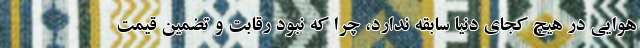
هوایی در هیچ کجای دنیا سابقه ندارد، چرا که نبود رقابت و تضمین قیمت